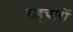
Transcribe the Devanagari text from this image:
सहचारों